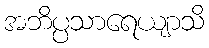
အဘိပ္ပသာရေယျာသိ